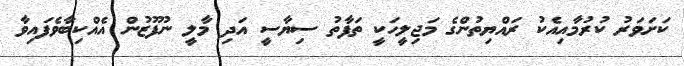
ކަށަވަރު ކުރުމާއިއެކު ރައްޔިތުންގެ މަޖިލީހަކީ ތަފާތު ސިޔާސީ އަދި މާލީ ނުފޫޒުން އެއްކިބާވެފައިވާ